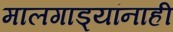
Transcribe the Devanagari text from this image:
मालगाड्यांनाही